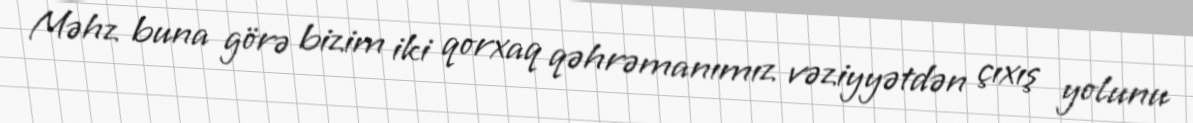
Məhz buna görə bizim iki qorxaq qəhrəmanımız vəziyyətdən çıxış yolunu